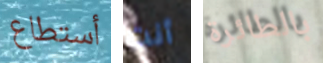
أستطاع أنت بالطائرة